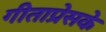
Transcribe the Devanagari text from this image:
गीताप्रेसके